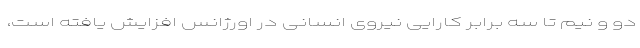
دو و نیم تا سه برابر کارایی نیروی انسانی در اورژانس افزایش یافته است،